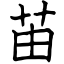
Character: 苖